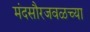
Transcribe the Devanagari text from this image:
मंदसौरजवळच्या